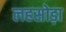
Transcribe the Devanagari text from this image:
लहसोड़ा